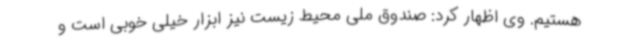
هستیم. وی اظهار کرد: صندوق ملی محیط زیست نیز ابزار خیلی خوبی است و